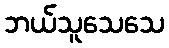
ဘယ်သူသေသေ